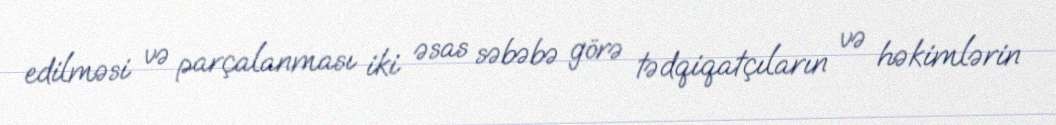
edilməsi və parçalanması iki əsas səbəbə görə tədqiqatçıların və həkimlərin